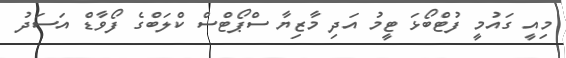
މިއީ ގައުމީ ފުޓްބޯޅަ ޓީމު އަދި މާޒިޔާ ސްޕޯޓްސް ކްލަބްގެ ފޯވާޑް އަސަދު